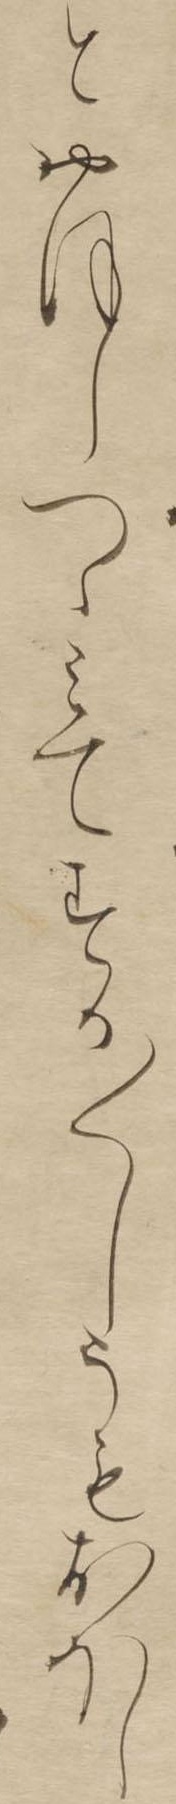
とおほしつゝみてすか〱しうもおほし